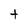
Character: t